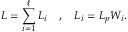
L = \sum _ { i = 1 } ^ { \ell } L _ { i } \quad , \quad L _ { i } = L _ { p } W _ { i } .